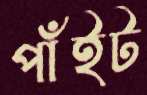
পাঁইট